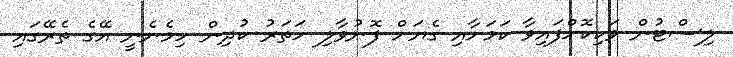
ލިސްޓުން ވަކިކޮށްފައިވާ ކަމަށާއި ގެޔަށް ފޮނުވާލި ހަތަރު ކުދިން ހިމެނެނީ އޭގެ ތެރޭގައި